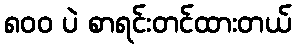
၈၀၀ ပဲ စာရင်းတင်ထားတယ်